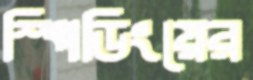
স্পিডিংয়ের